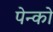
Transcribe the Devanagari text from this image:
पेन्को